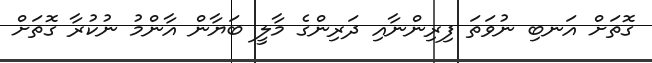
ގޮތަށް އަނބި ނުވަތަ ފިރިންނާއި ދަރިންގެ މާލީ ބަޔާން އާންމު ނުކުރާ ގޮތަށް